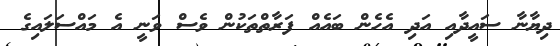
ދިޔާނާ ސައީދާއި އަދި އެހެން ބައެއް ފަރާތްތަކުން ވެސް ވަނީ އެ މައްސަލައިގެ